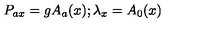
P _ { a x } = g A _ { a } ( x ) ; \lambda _ { x } = A _ { 0 } ( x )